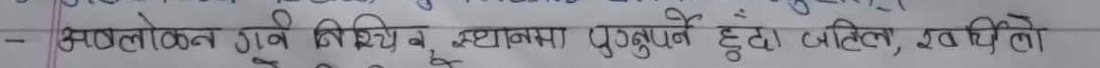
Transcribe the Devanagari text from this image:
- अवलोकन गर्ने विभिन्न स्थानमा पुग्ने हुँदा जतिल, रुचिलो